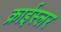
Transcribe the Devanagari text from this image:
क्राईस्लर